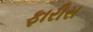
ફારીસ